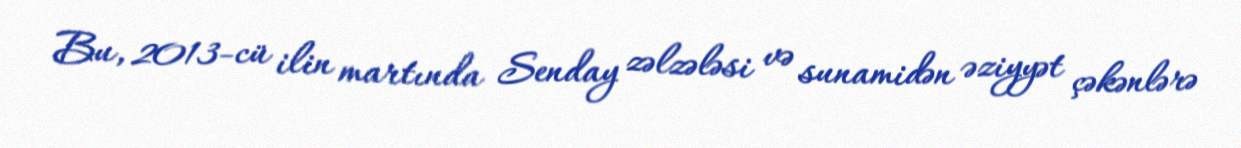
Bu, 2013-cü ilin martında Senday zəlzələsi və sunamidən əziyyət çəkənlərə